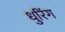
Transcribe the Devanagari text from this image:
धुरिंग